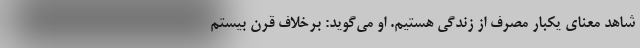
شاهد معنای یکبار مصرف از زندگی هستیم. او می‌گوید: برخلاف قرن بیستم